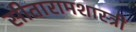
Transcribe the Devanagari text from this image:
सीतारामशास्त्रीं